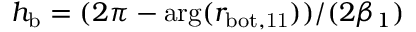
h _ { \mathrm { b } } = ( 2 \pi - \arg ( r _ { \mathrm { b o t , 1 1 } } ) ) / ( 2 \beta _ { 1 } )